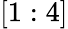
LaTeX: [1:4]